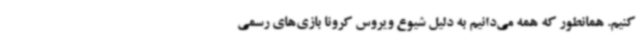
کنیم. همانطور که همه می‌دانیم به دلیل شیوع ویروس کرونا بازی‌های رسمی